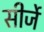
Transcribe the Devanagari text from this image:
सीर्जे